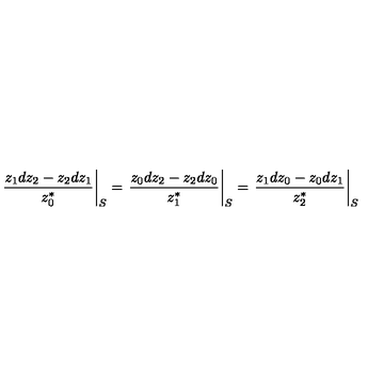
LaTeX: \left. { \frac { z _ { 1 } d z _ { 2 } - z _ { 2 } d z _ { 1 } } { z _ { 0 } ^ { * } } } \right| _ { S } = \left. { \frac { z _ { 0 } d z _ { 2 } - z _ { 2 } d z _ { 0 } } { z _ { 1 } ^ { * } } } \right| _ { S } = \left. { \frac { z _ { 1 } d z _ { 0 } - z _ { 0 } d z _ { 1 } } { z _ { 2 } ^ { * } } } \right| _ { S }